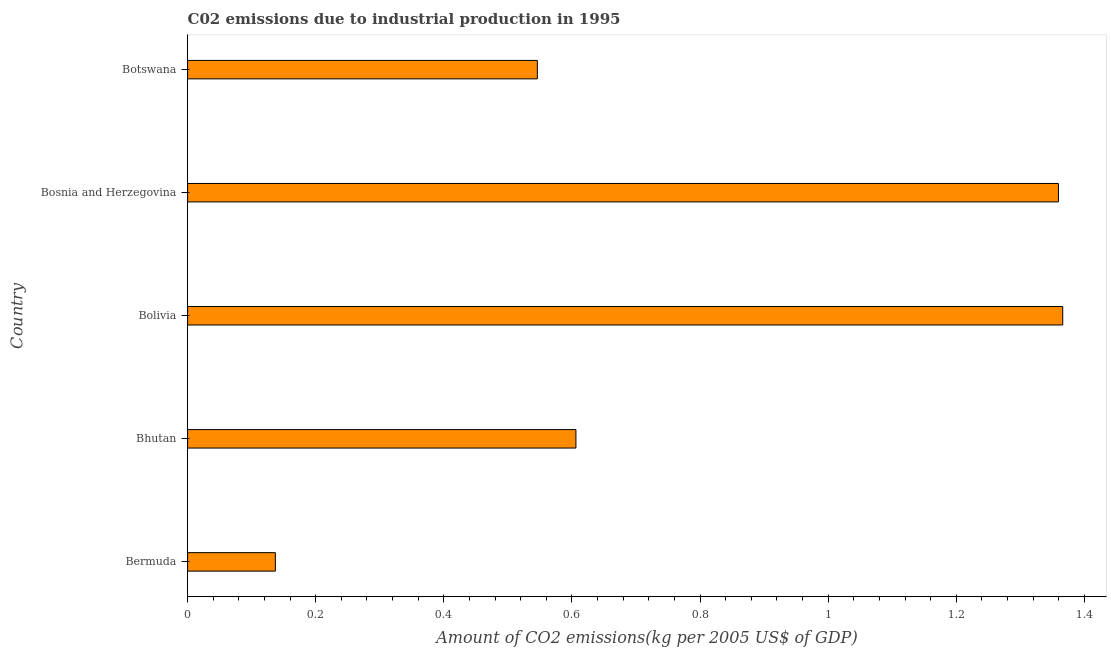
| Country | CO2 emissions  |
 | --- | --- |
 | Bermuda | 0.137 |
 | Bhutan | 0.606 |
 | Bolivia | 1.37 |
 | Bosnia and Herzegovina | 1.36 |
 | Botswana | 0.546 |